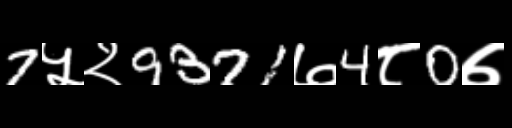
Text: 7५२9371७4८0७